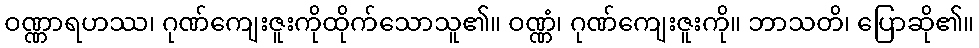
ဝဏ္ဏာရဟဿ၊ ဂုဏ်ကျေးဇူးကိုထိုက်သောသူ၏။ ဝဏ္ဏံ၊ ဂုဏ်ကျေးဇူးကို။ ဘာသတိ၊ ပြောဆို၏။